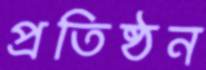
প্রতিষ্ঠন